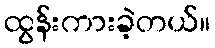
ထွန်းကားခဲ့တယ်။